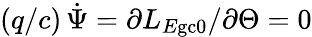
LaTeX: (q/c)\, \dot{\Psi}=\partial L_{E\mathrm{gc}0}/\partial\Theta=0